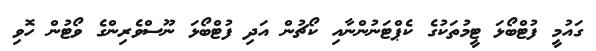
ގައުމީ ފުޓްބޯޅަ ޓީމުތަކުގެ ކެޕްޓަނުންނާއި ކޯޗުން އަދި ފުޓްބޯޅަ ނޫސްވެރިންގެ ވޯޓުން ހޮވި